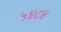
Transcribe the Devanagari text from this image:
५४८४